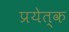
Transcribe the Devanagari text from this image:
प्रयेत्क